Annual administration report of the Civil Veterinary Department of India - 1893-1894
Year: 1893
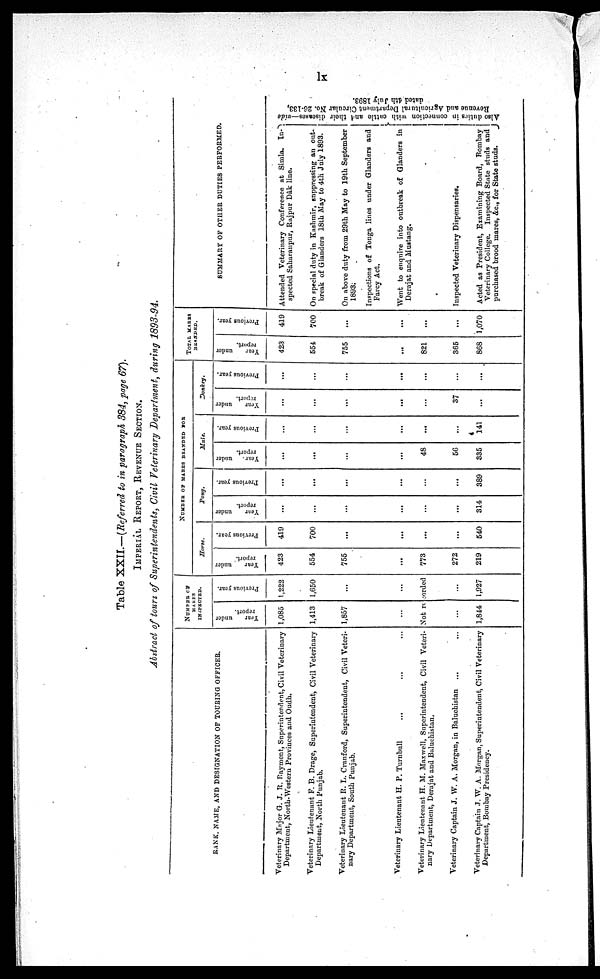
lx
Table XXII.—(Referred to in paragraph 384, page 67).
IMPERIAL REPORT, REVENUE SECTION.
Abstract of tours of Superintendents, Civil Veterinary Department, during 1893-94.
RANK, NAME, AND DESIGNATION OF TOURING OFFICER.
Veterinary Major G. J. R. Rayment, Superintendent, Civil Veterinary
Department, North-Western Provinces and Oudh.
Veterinary Lieutenant F. B. Drage, Superintendent, Civil Veterinary
Department, North Punjab.
Veterinary Lieutenant R. L. Cranford, Superintendent, Civil Veteri-
nary Department, South Punjab.
Veterinary Lieutenant H. P. Turnbull ... ... ...
Veterinary Lieutenant H. M. Maxwell, Superintendent, Civil Veteri-
nary Department, Derajat and Baluchistan.
Veterinary Captain J. W. A. Morgan, in Baluchistan ... ...
Veterinary Captain J. W. A. Morgan, Superintendent, Civil Veterinary
Department, Bombay Presidency.
NUMBER OF
MARES
INSPECTED.
Year
under
report.
1,085
1,413
1,857
...
Previous year.
1,222
1,650
...
...
Not recorded
...
1,844
...
1,927
NUMBER OF MARES BRANDED FOR
Horse.
Your
under
report.
423
554
755
...
773
272
219
Previous year.
419
700
...
...
...
...
...
540
Pony.
Year
under
report.
...
...
...
...
...
...
...
314
Previous year.
...
...
...
...
...
...
...
389
Mule.
Year
under
report.
...
...
...
...
...
48
56
335
Previous year.
...
...
...
...
...
...
...
141
Donkey.
Year
under
report.
...
...
...
...
...
...
...
37
...
Previous year.
...
...
...
...
...
...
...
...
TOTAL MARES
BRANDED.
Year
under
report.
423
554
755
...
...
821
365
868
Previous year.
419
700
...
...
...
...
...
1,070
SUMMARY OF OTHER DUTIES PERFORMED.
Attended Veterinary Conference at Simla.
In-
spected Saharanpur, Rajpur Dâk line.
On special duty in Kashmir, snppressing an out-
break of Glanders 18th May to 4th July 1893.
On above duty from 29th May to 19th September
1893.
Inspections of Tonga lines under Glanders and
Farcy Act.
Went to enquire into outbreak of Glanders in
Derajat and Mustang.
Inspected Veterinary Dispensaries.
Acted as President, Examining Board, Bombay
Veterinary College. Inspected State studs and
purchased brood mares, &c., for State studs.
Also duties in connection with cattle and their diseases—vide
Revenue and Agricultural Department Circular No. 26-133,
dated 4th July 1893.